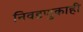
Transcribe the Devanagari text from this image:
निवडणुकाही